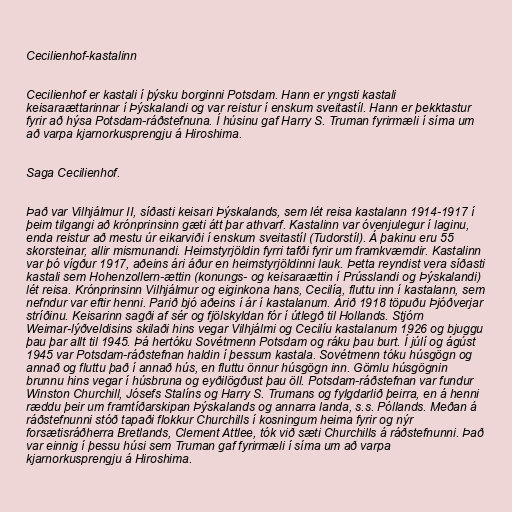
Cecilienhof-kastalinn

Cecilienhof er kastali í þýsku borginni Potsdam. Hann er yngsti kastali
keisaraættarinnar í Þýskalandi og var reistur í enskum sveitastíl. Hann er þekktastur
fyrir að hýsa Potsdam-ráðstefnuna. Í húsinu gaf Harry S. Truman fyrirmæli í síma um
að varpa kjarnorkusprengju á Hiroshima.

Saga Cecilienhof.

Það var Vilhjálmur II, síðasti keisari Þýskalands, sem lét reisa kastalann 1914-1917 í
þeim tilgangi að krónprinsinn gæti átt þar athvarf. Kastalinn var óvenjulegur í laginu,
enda reistur að mestu úr eikarviði í enskum sveitastíl (Tudorstíl). Á þakinu eru 55
skorsteinar, allir mismunandi. Heimstyrjöldin fyrri tafði fyrir um framkvæmdir. Kastalinn
var þó vígður 1917, aðeins ári áður en heimstyrjöldinni lauk. Þetta reyndist vera síðasti
kastali sem Hohenzollern-ættin (konungs- og keisaraættin í Prússlandi og Þýskalandi)
lét reisa. Krónprinsinn Vilhjálmur og eiginkona hans, Cecilía, fluttu inn í kastalann, sem
nefndur var eftir henni. Parið bjó aðeins í ár í kastalanum. Árið 1918 töpuðu Þjóðverjar
stríðinu. Keisarinn sagði af sér og fjölskyldan fór í útlegð til Hollands. Stjórn
Weimar-lýðveldisins skilaði hins vegar Vilhjálmi og Cecilíu kastalanum 1926 og bjuggu
þau þar allt til 1945. Þá hertóku Sovétmenn Potsdam og ráku þau burt. Í júlí og ágúst
1945 var Potsdam-ráðstefnan haldin í þessum kastala. Sovétmenn tóku húsgögn og
annað og fluttu það í annað hús, en fluttu önnur húsgögn inn. Gömlu húsgögnin
brunnu hins vegar í húsbruna og eyðilögðust þau öll. Potsdam-ráðstefnan var fundur
Winston Churchill, Jósefs Stalíns og Harry S. Trumans og fylgdarlið þeirra, en á henni
ræddu þeir um framtíðarskipan Þýskalands og annarra landa, s.s. Póllands. Meðan á
ráðstefnunni stóð tapaði flokkur Churchills í kosningum heima fyrir og nýr
forsætisráðherra Bretlands, Clement Attlee, tók við sæti Churchills á ráðstefnunni. Það
var einnig í þessu húsi sem Truman gaf fyrirmæli í síma um að varpa
kjarnorkusprengju á Hiroshima.